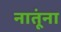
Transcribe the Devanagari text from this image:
नातूंना